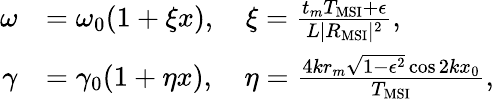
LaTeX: \begin{array}{rl}{\omega}&{=\omega_{0}(1+\xi x),\quad\xi=\frac{t_{m}T_{\mathrm{MSI}}+\epsilon}{L|R_{\mathrm{MSI}}|^{2}},}\\ {\gamma}&{=\gamma_{0}(1+\eta x),\quad\eta=\frac{4kr_{m}\sqrt{1-\epsilon^{2}}\cos 2kx_{0}}{T_{\mathrm{MSI}}},}\end{array}